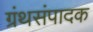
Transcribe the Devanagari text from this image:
ग्रंथसंपादक